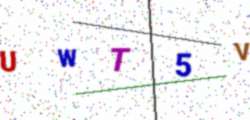
Text: UWT5V